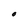
Character: O